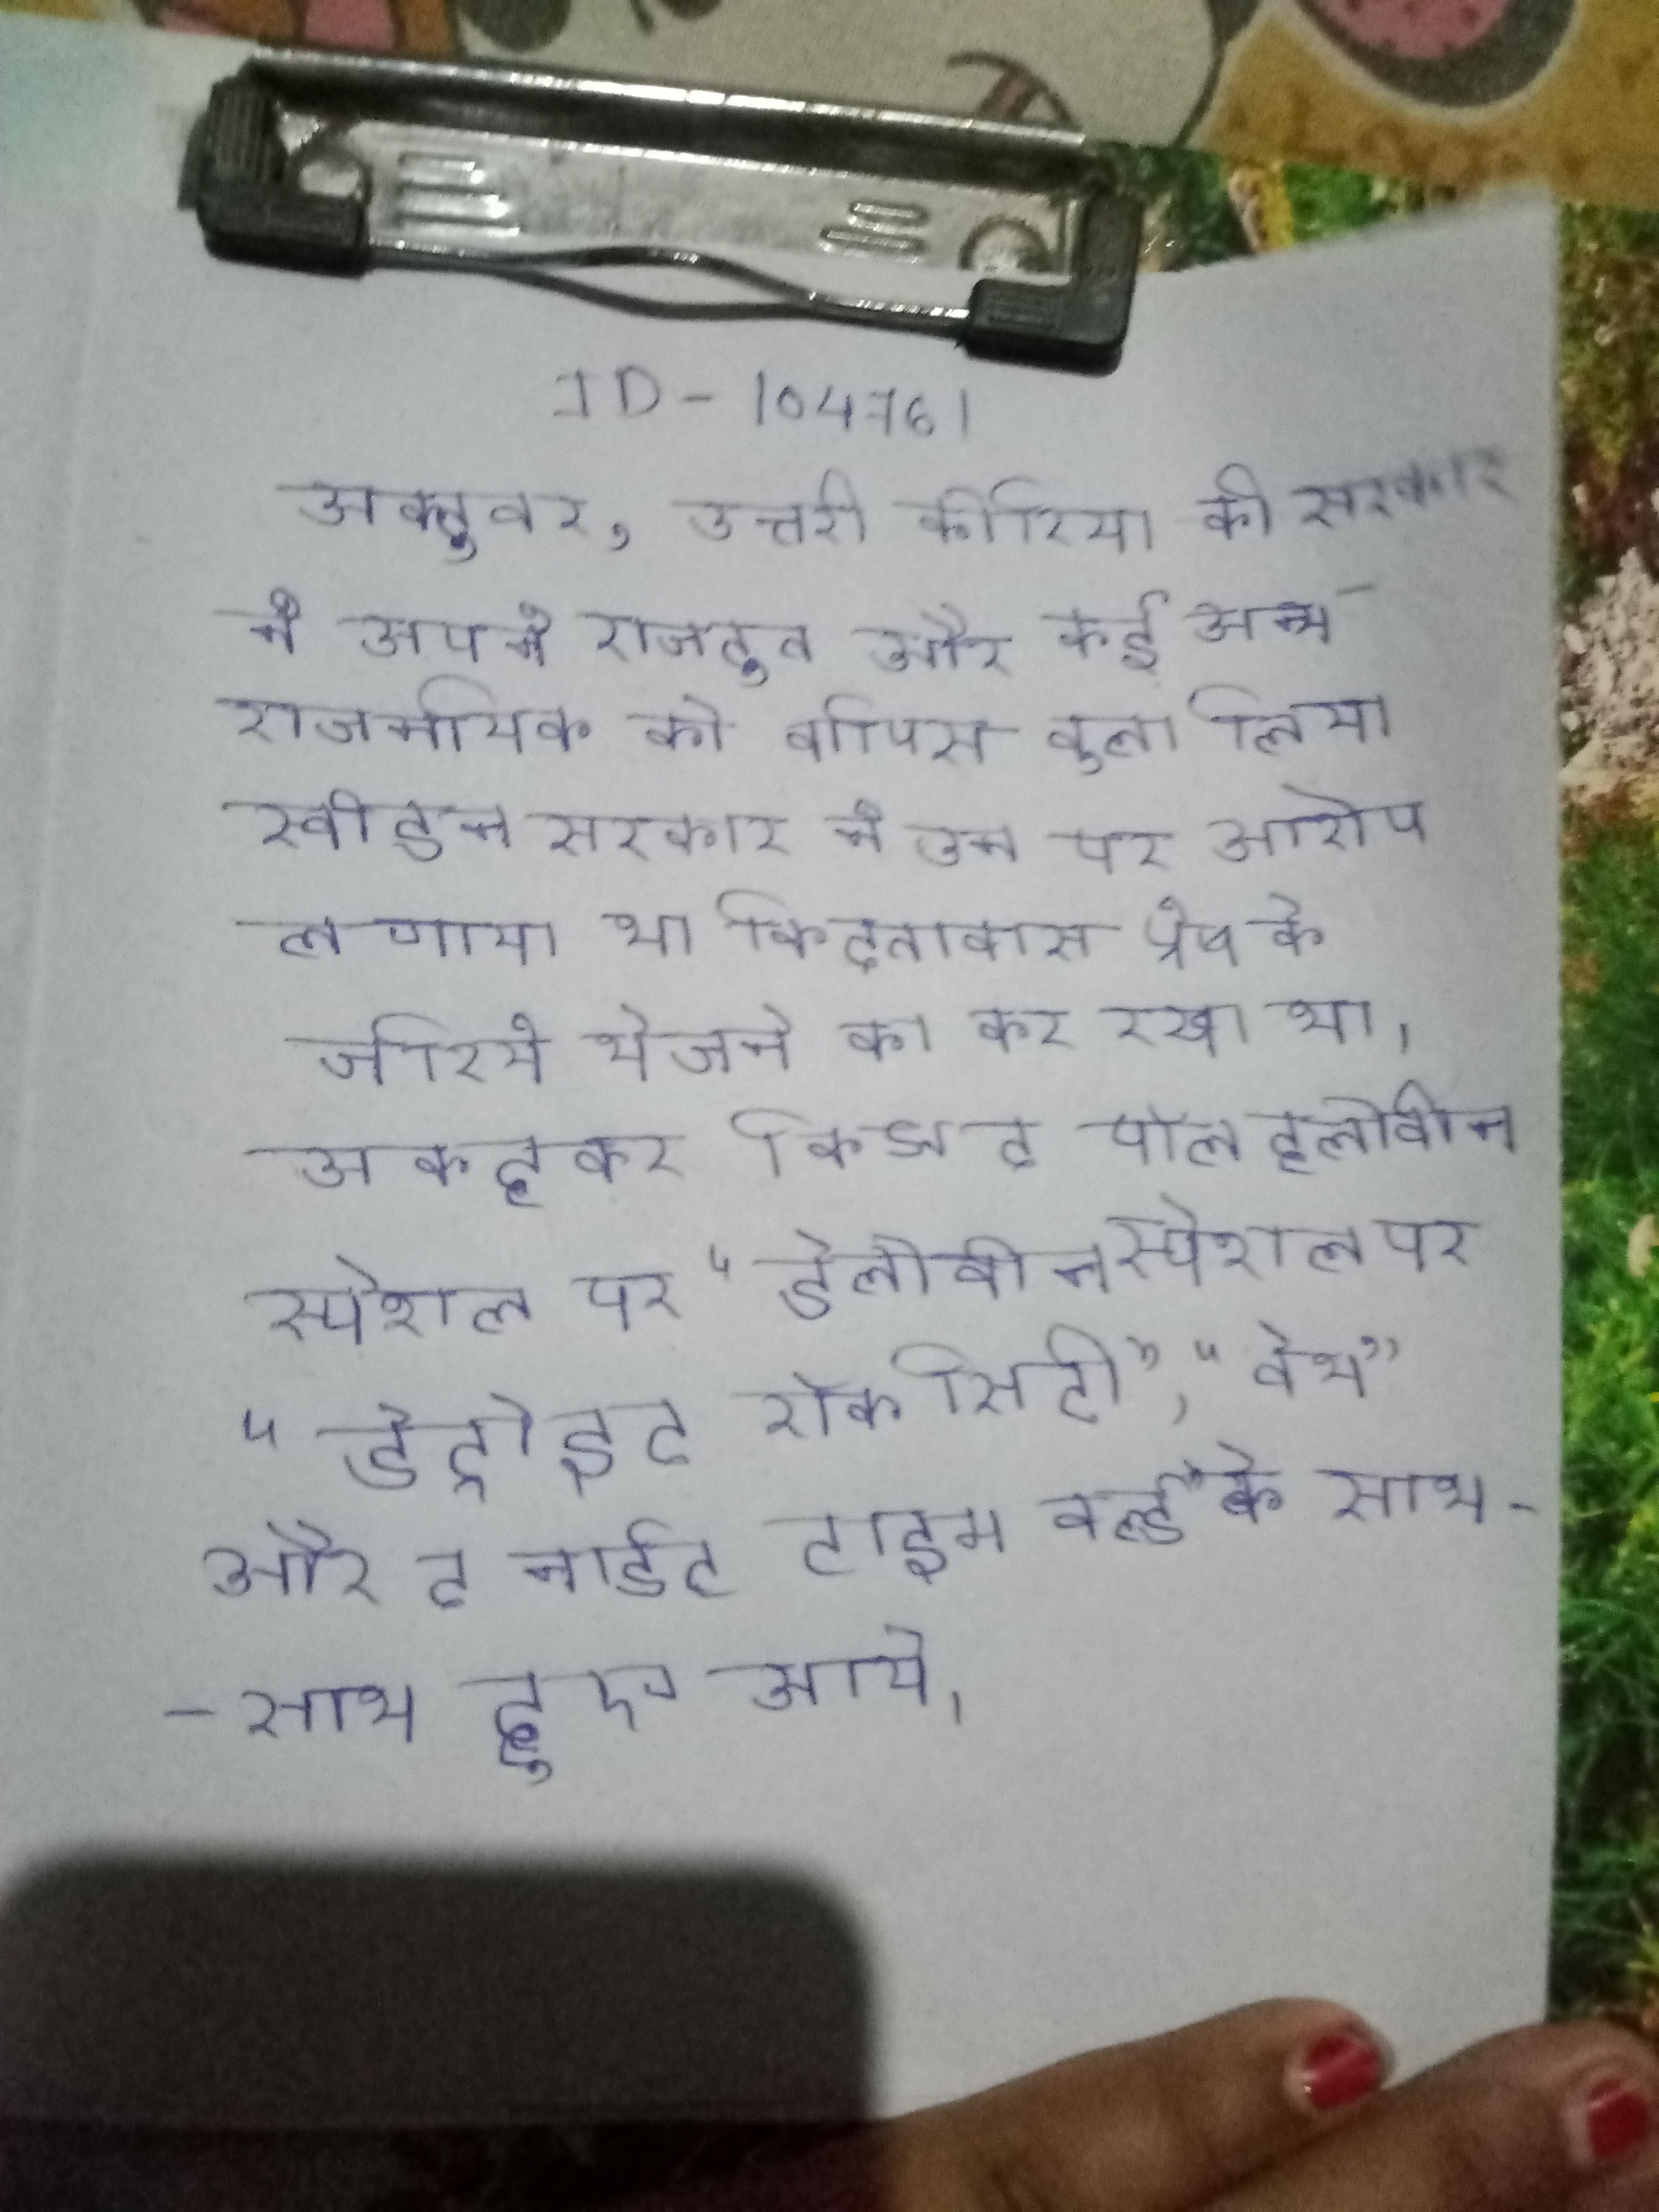
अक्टूबर, उत्तरी कोरिया की सरकार ने अपने राजदूत और कई अन्य राजनयिक को वापिस बुला लिया स्वीडन सरकार ने उन पर आरोप लगाया था कि दूतावास प्रेष के जरिये भेजने का कर रखा था । अक्टूबर किस द पॉल हेलोवीन स्पेशल पर "डेट्रोइट रॉक सिटी", "बेथ" और द नाईट टाइम वर्ल्ड" के साथ-साथ हुए आये ।